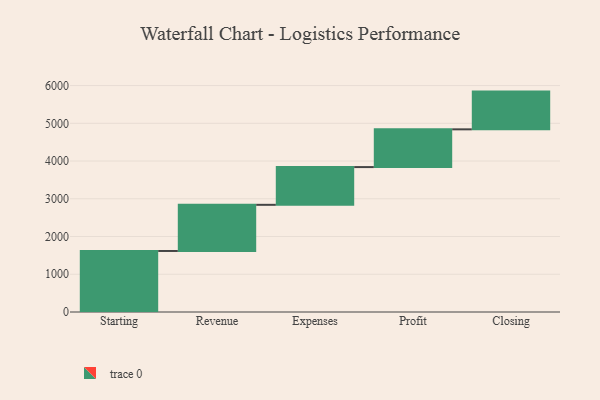
{"axis": {"x": "Step", "y": "Value"}, "legend": [""], "data": [{"x": "Starting", "y": 1617.0, "type": ""}, {"x": "Revenue", "y": 1223.0, "type": ""}, {"x": "Expenses", "y": 1000, "type": ""}, {"x": "Profit", "y": 1000, "type": ""}, {"x": "Closing", "y": 1000, "type": ""}]}